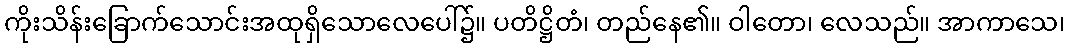
ကိုးသိန်းခြောက်သောင်းအထုရှိသောလေပေါ်၌။ ပတိဋ္ဌိတံ၊ တည်နေ၏။ ဝါတော၊ လေသည်။ အာကာသေ၊